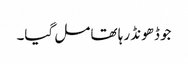
جو ڈھونڈ رہا تھا مل گیا۔